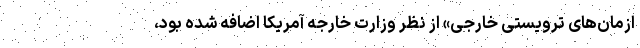
ازمان‌های ترویستی خارجی» از نظر وزارت خارجه آمریکا اضافه شده بود،